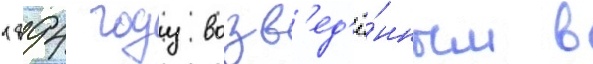
1894 году возв'ед'ё́нным в